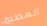
المطبخ